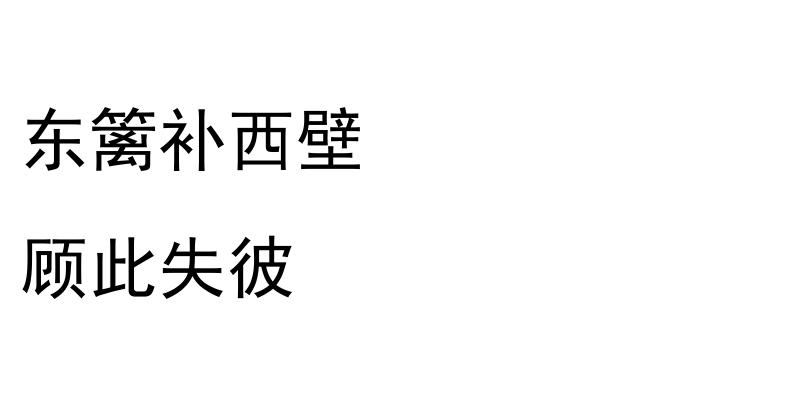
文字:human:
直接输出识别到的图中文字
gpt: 东篱补西壁 顾此失彼